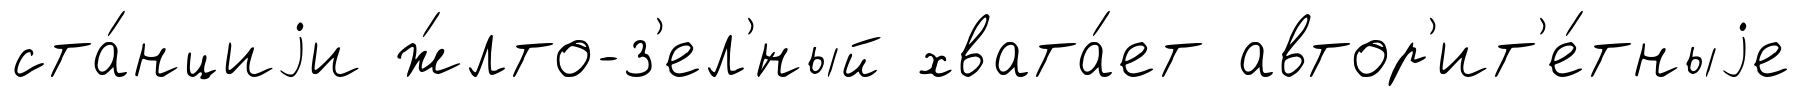
ста́нциjи ж́лто-з'ел'́ный хвата́ет автор'ит'е́тныjе